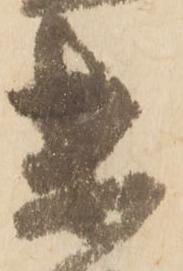
未